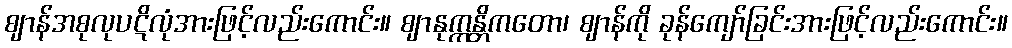
ဈာန်အစုလုပဋိလုံအားဖြင့်လည်းကောင်း။ ဈာနုက္ကန္တိကတော၊ ဈာန်ကို ခုန်ကျော်ခြင်းအားဖြင့်လည်းကောင်း။